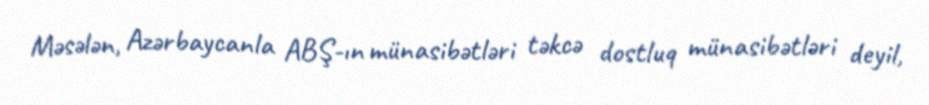
Məsələn, Azərbaycanla ABŞ-ın münasibətləri təkcə dostluq münasibətləri deyil,